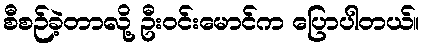
စီစဉ်ခဲ့တာလို့ ဦးဝင်းမောင်က ပြောပါတယ်။